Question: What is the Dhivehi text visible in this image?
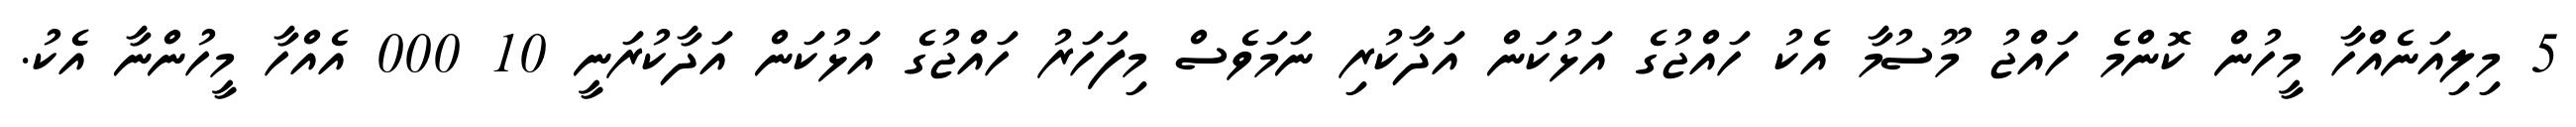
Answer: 5 މިލިއަނެއްހާ މީހުން ކޮންމެ ހައްޖު މޫސުމާ އެކު ހައްޖުގެ އަޅުކަން އަދާކުރި ނަމަވެސް މިފަހަރު ހައްޖުގެ އަޅުކަން އަދާކުރަނީ 10 000 އެއްހާ މީހުންނާ އެކު.